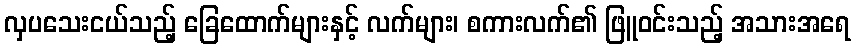
လှပသေးငယ်သည့် ခြေထောက်များနှင့် လက်များ၊ စကားလက်၏ ဖြူဝင်းသည့် အသားအရေ